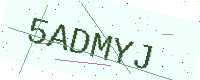
Text: 5ADMYJ